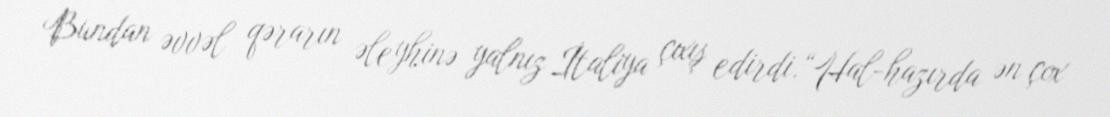
Bundan əvvəl qərarın əleyhinə yalnız İtaliya çıxış edirdi.“Hal-hazırda ən çox